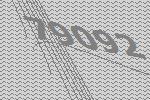
79092